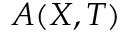
A ( X , T )